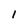
Character: I